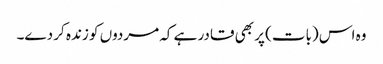
وہ اس (بات) پر بھی قادر ہے کہ مردوں کو زندہ کر دے۔